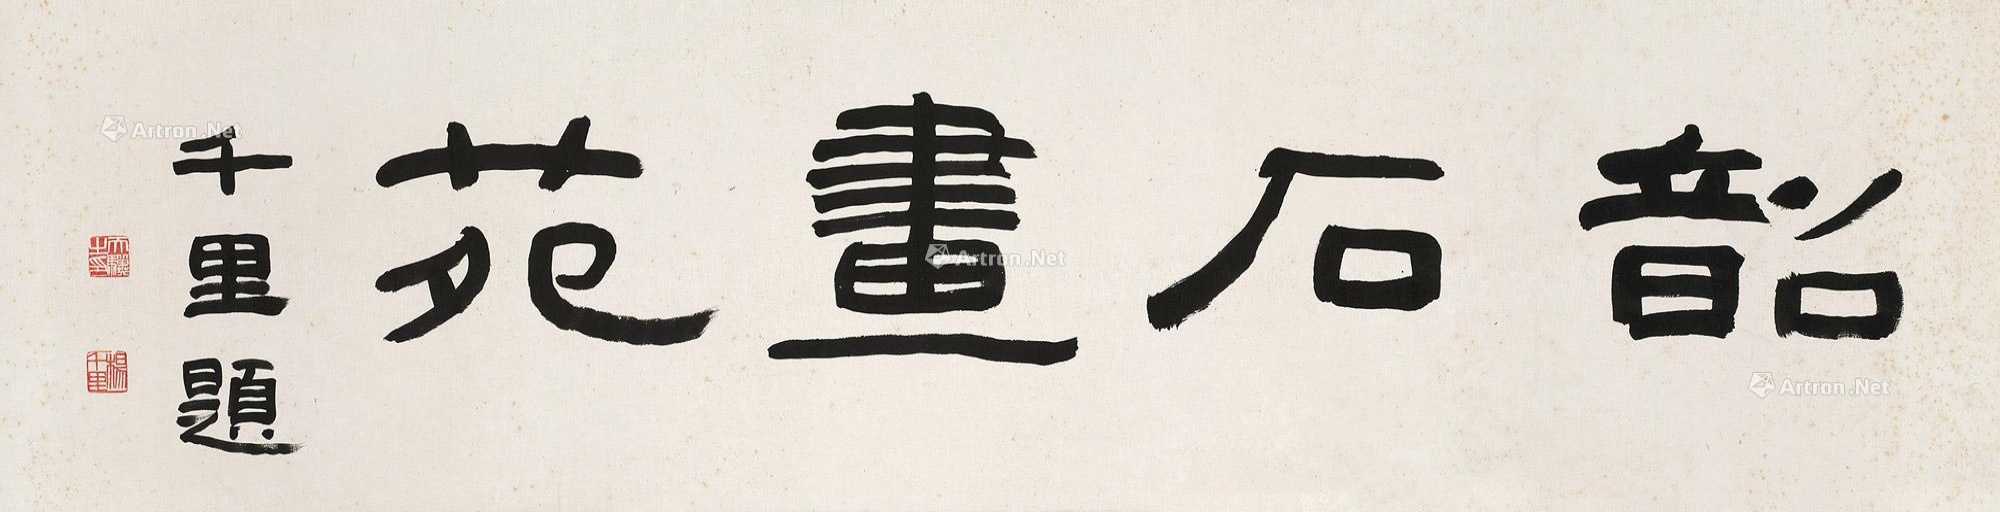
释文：韶石画苑。千里题。